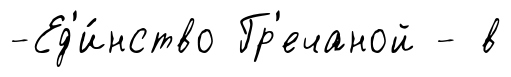
-Ед'и́нство Гр'ечаной - в